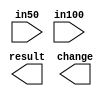
`timescale 1ns / 1ps
//////////////////////////////////////////////////////////////////////////////////
// Company: 
// Engineer: 
// 
// Design Name: 
// Module Name: testbench
// Project Name: 
// Target Devices: 
// Tool Versions: 
// Description: 
// 
// Dependencies: 
// 
// Revision:
// Revision 0.01 - File Created
// Additional Comments:
// 
//////////////////////////////////////////////////////////////////////////////////


module testbench(
    input in50,
    input in100,
    output result,
    output change
    );
endmodule